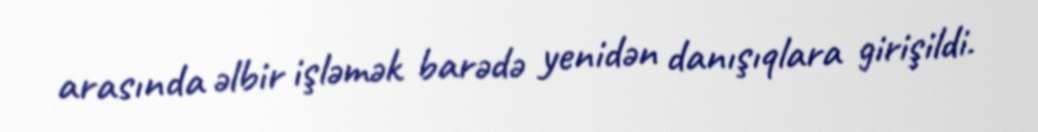
arasında əlbir işləmək barədə yenidən danışıqlara girişildi.